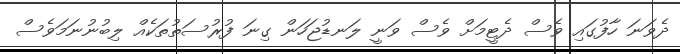
ދެވަނަ ހާފުގައި ވެސް ދެޓީމަށް ވެސް ވަނީ ލަނޑުޖަހަން ގިނަ ފުރުސަތުތަކެއް ލިބުނުނަމަވެސް